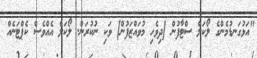
"އަޅުގަނޑުމެންގެ ލޯކަލް ސްޓާފުން [ދިވެހި މުވައްޒަފުން] ވަކި ނުކުރަން. ލޯކަލް އެއްވެސް ކެޕްޓަނެއް